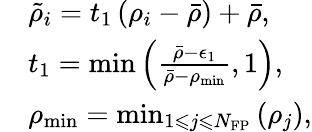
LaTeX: \begin{array}{rl}&{\tilde{\rho}_{i}=t_{1}\left(\rho_{i}-\bar{\rho}\right)+\bar{\rho},}\\ &{t_{1}=\operatorname*{min}\left(\frac{\bar{\rho}-\epsilon_{1}}{\bar{\rho}-\rho_{\operatorname*{min}}},1\right),}\\ &{\rho_{\operatorname*{min}}=\operatorname*{min}_{1\leqslant j\leqslant N_{\mathrm{FP}}}\left(\rho_{j}\right),}\end{array}